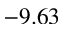
- 9 . 6 3